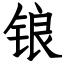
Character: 锒